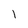
Character: l